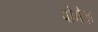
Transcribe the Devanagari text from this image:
पोमेज़